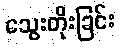
သွေးတိုးခြင်း